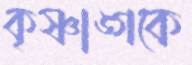
কৃষ্ণাঙ্গকে